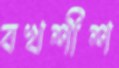
বখশীশ